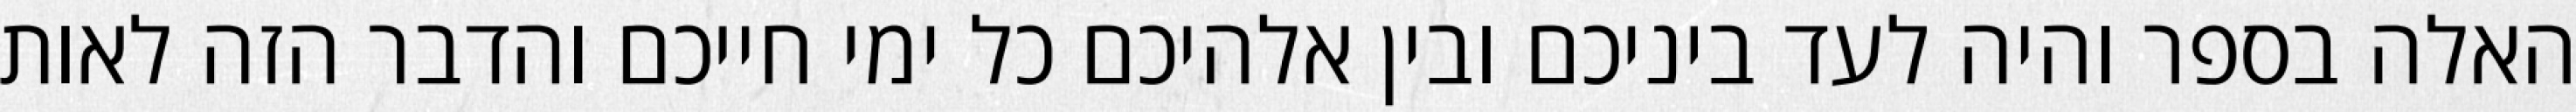
האלה בספר והיה לעד ביניכם ובין אלהיכם כל ימי חייכם והדבר הזה לאות